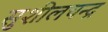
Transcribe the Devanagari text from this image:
सुशीलचन्द्र